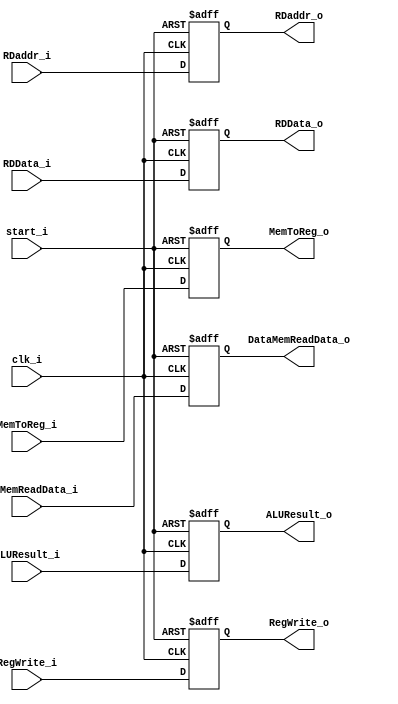
`timescale 1ns / 1ps
//////////////////////////////////////////////////////////////////////////////////
// Company: 
// Engineer: 
// 
// Design Name: 
// Module Name: MEM_WB
// Project Name: 
// Target Devices: 
// Tool Versions: 
// Description: 
// 
// Dependencies: 
// 
// Revision:
// Revision 0.01 - File Created
// Additional Comments:
// 
//////////////////////////////////////////////////////////////////////////////////


module MEM_WB(
	clk_i,
	start_i,
	ALUResult_i,
	RDData_i,
	RDaddr_i,
	RegWrite_i,
	MemToReg_i,
	DataMemReadData_i,
	ALUResult_o,
	RDData_o,
	RDaddr_o,
	RegWrite_o,
	MemToReg_o,
	DataMemReadData_o
);

input	clk_i, RegWrite_i, MemToReg_i, start_i;
input	[31:0]	ALUResult_i, RDData_i, DataMemReadData_i;
input	[4:0]	RDaddr_i;

output	 RegWrite_o, MemToReg_o;
output	[31:0]	ALUResult_o, RDData_o, DataMemReadData_o;

reg	 RegWrite_o, MemToReg_o;
reg	[31:0]	ALUResult_o, RDData_o, DataMemReadData_o;
output reg	[4:0]	RDaddr_o;

always@(posedge clk_i or negedge start_i) begin
	if(~start_i) begin
		ALUResult_o <= 0;
		RDData_o <= 0;
		RDaddr_o <= 0;
		RegWrite_o <= 0;
		MemToReg_o <= 0;
		DataMemReadData_o<=0;
	end
	else begin
		ALUResult_o <= ALUResult_i;
		RDData_o <= RDData_i;
		RDaddr_o <= RDaddr_i;
		RegWrite_o <= RegWrite_i;
		MemToReg_o <= MemToReg_i;
		DataMemReadData_o <= DataMemReadData_i;
	end
end

endmodule